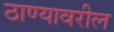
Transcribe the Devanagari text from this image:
ठाण्यावरील